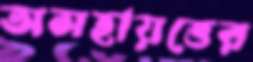
অসহায়ত্তের